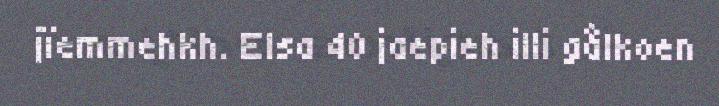
jïemmehkh. Elsa 40 jaepieh illi gålkoen